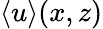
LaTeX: \langle u\rangle(x,z)